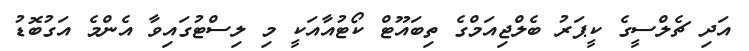
އަދި ޗެލްސީގެ ކީޕަރު ބެލްޖިއަމްގެ ތިބައޫޓް ކޯޓުއާއަކީ މި ލިސްޓުގައިވާ އެންމެ އަގުބޮޑު